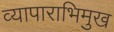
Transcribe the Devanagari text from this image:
व्यापाराभिमुख